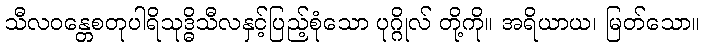
သီလဝန္တေစတုပါရိသုဒ္ဓိသီလနှင့်ပြည့်စုံသော ပုဂ္ဂိုလ် တို့ကို။ အရိယာယ၊ မြတ်သော။